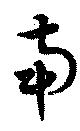
南